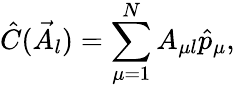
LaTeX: \hat{C}(\vec{A}_{l})=\sum_{\mu=1}^{N}A_{\mu l}\hat{p}_{\mu},